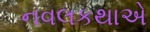
નવલકથાએ